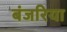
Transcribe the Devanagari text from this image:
बंजरिया